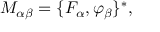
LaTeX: M _ { \alpha \beta } = \{ F _ { \alpha } , \varphi _ { \beta } \} ^ { * } ,